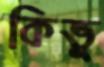
কিভু